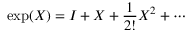
\exp ( X ) = I + X + { \frac { 1 } { 2 ! } } X ^ { 2 } + \cdots